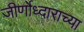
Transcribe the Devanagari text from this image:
जीर्णोध्दाराच्या